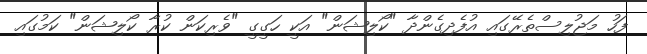
ފަހު މަޖުލިސްތެރޭގައި އުފެދިގެންދާ "ކޯލިޝަން" އަކީ ހަގީގީ "ވެރިކަން ކުރާ ކޯލިޝަން" ކަމުގައި